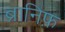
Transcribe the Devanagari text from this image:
ब्रानिफ़